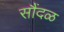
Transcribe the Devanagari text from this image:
सौंदळ